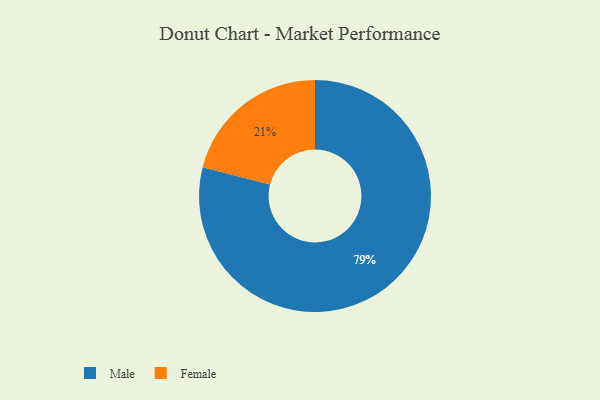
{"axis": {"x": "Category", "y": "Percentage"}, "legend": ["Female", "Male"], "data": [{"x": "Female", "y": 21, "type": "Female"}, {"x": "Male", "y": 79, "type": "Male"}]}